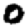
Digit: 0